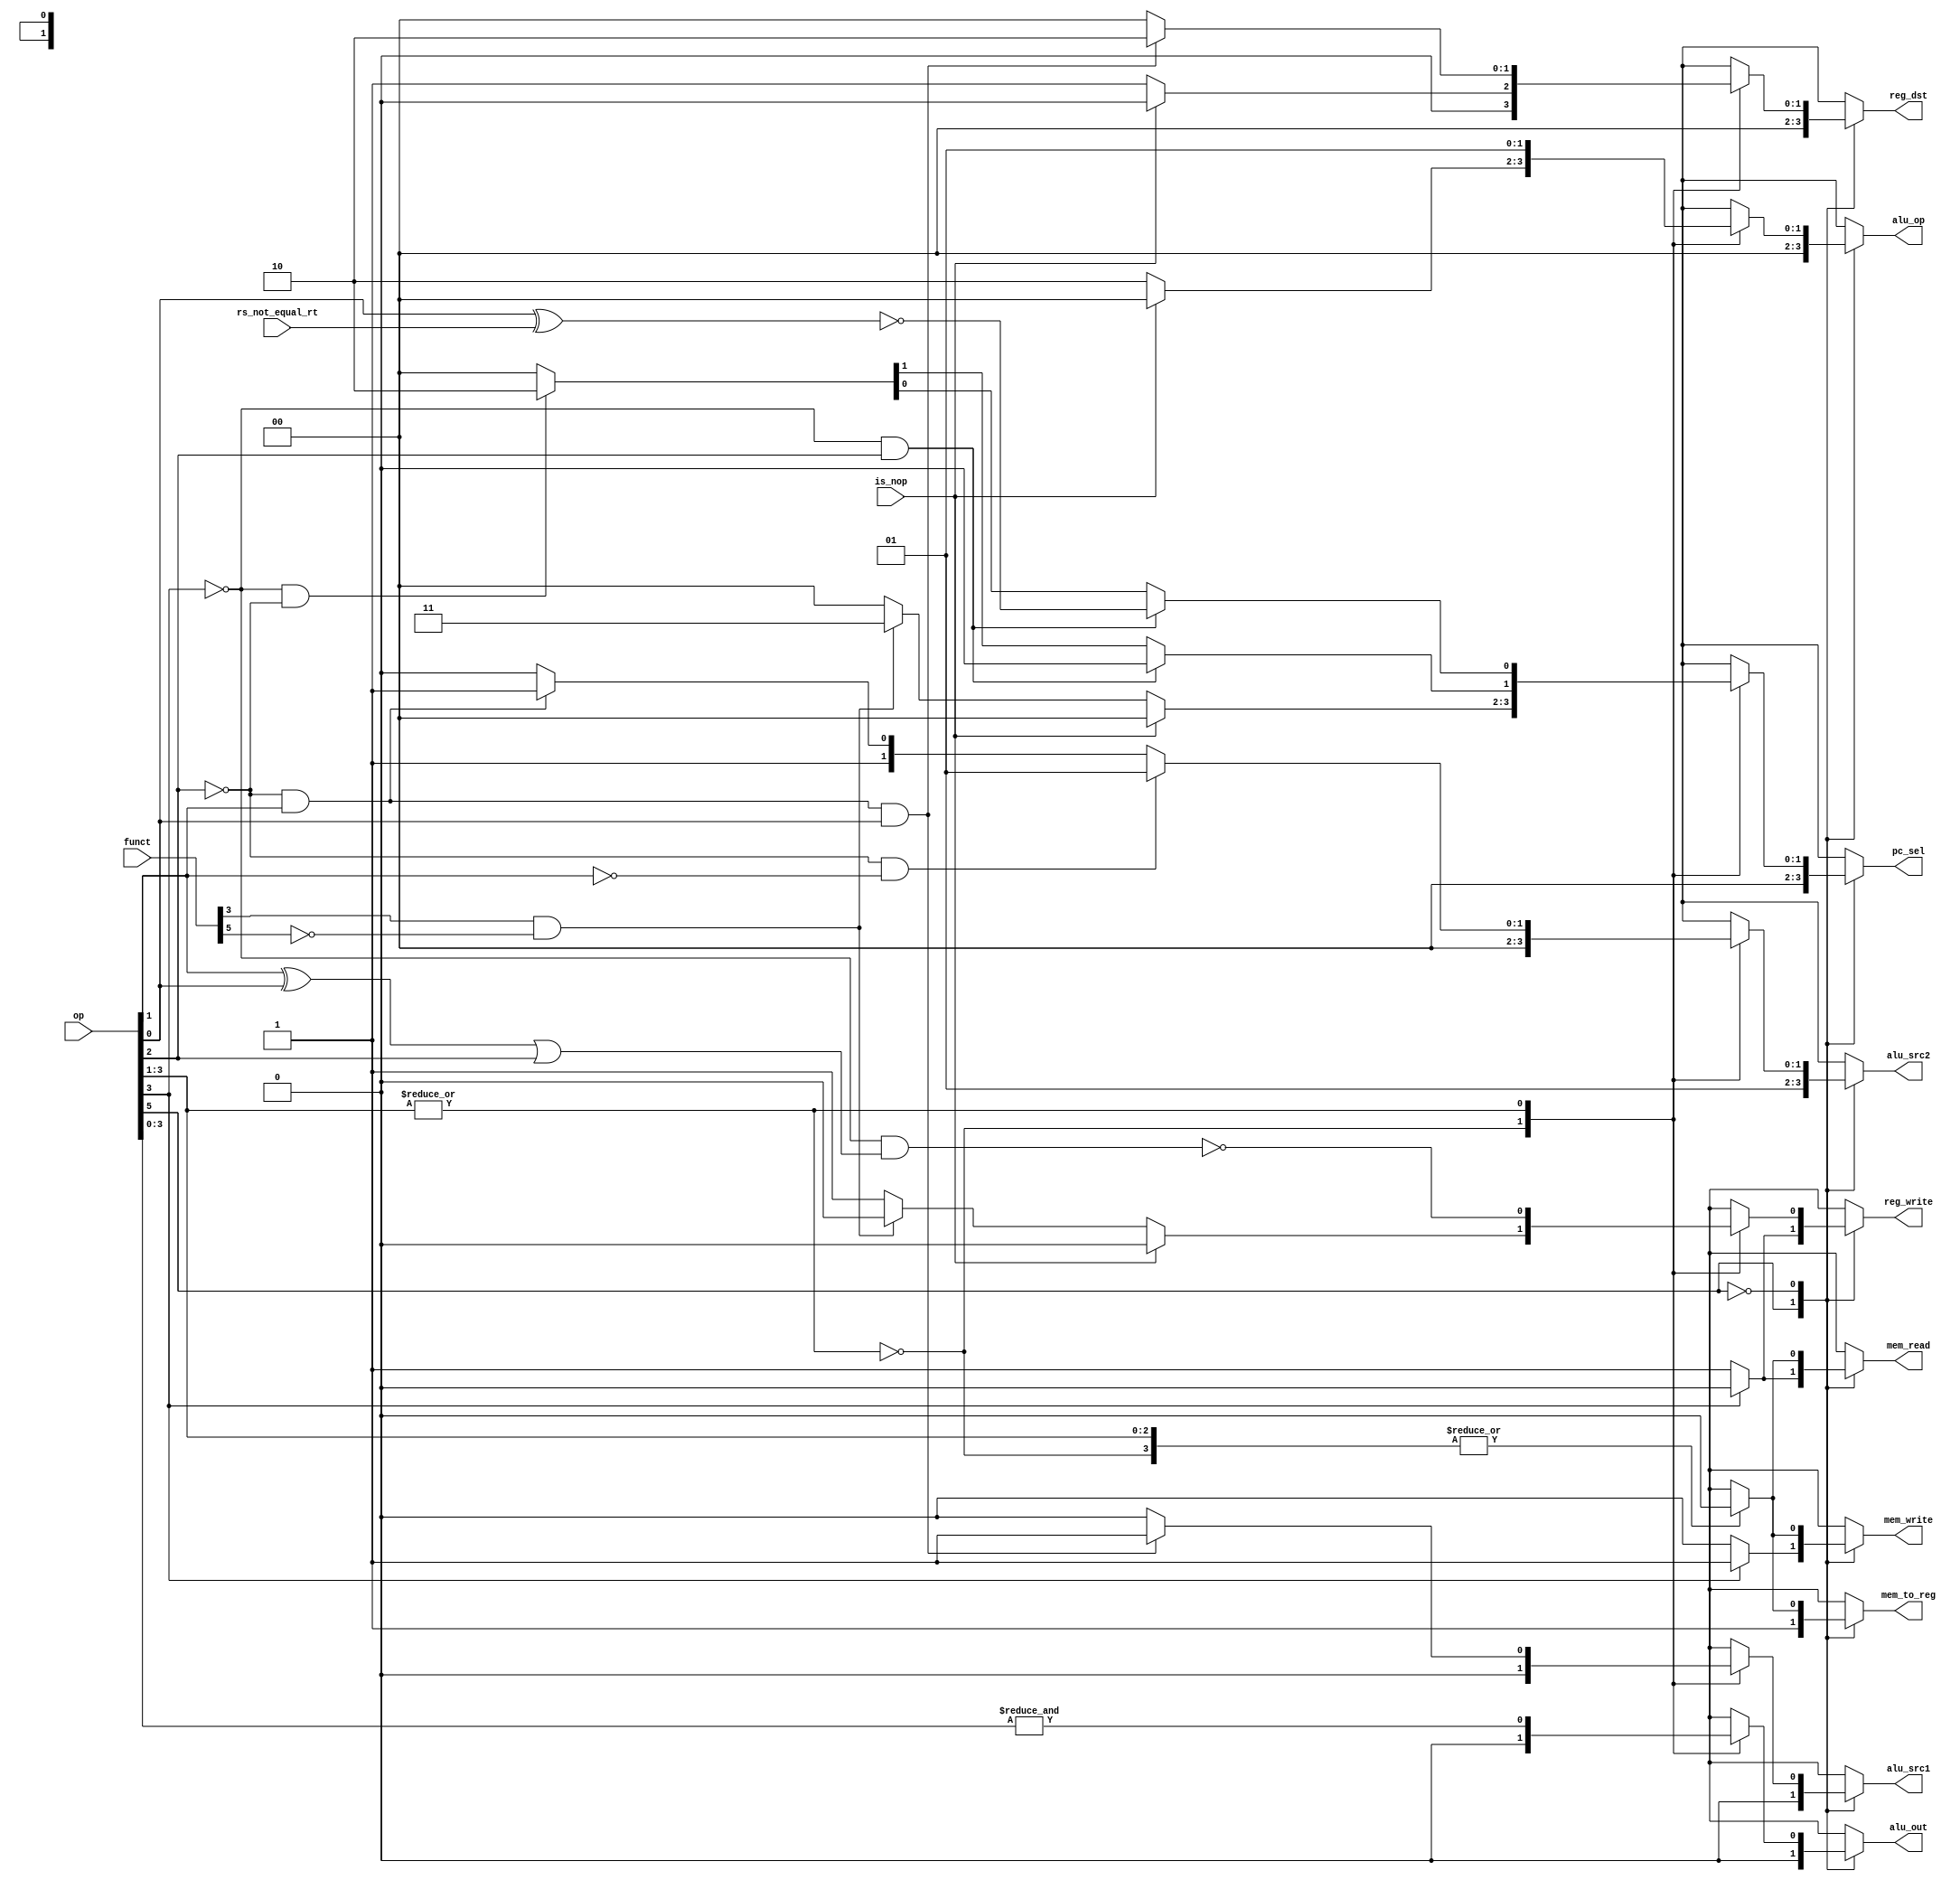
// controller

module controller
(
    input [5:0] op,
    input [5:0] funct,
    input rs_not_equal_rt,
    input is_nop,
    output reg [1:0] pc_sel,
    output reg [1:0] reg_dst,
    output reg alu_src1,
    output reg [1:0] alu_src2,
    output reg [1:0] alu_op,
    output reg alu_out,
    output reg mem_read,
    output reg mem_write,
    output reg mem_to_reg,
    output reg reg_write
);
    always @( * )begin
        reg_dst = 2'd0;         // default
        alu_src1 = 1'd0;
        alu_src2 = 2'd0;
        alu_out = 1'd0;
        alu_op = 2'd0;
        mem_read = 1'd0;
        mem_write = 1'd0;
        mem_to_reg = 1'd0;
        pc_sel = 2'd0;
        reg_write = 1'd0;
        case (op[5])
            1'd1: begin                         // lw sw
                pc_sel = 2'd0;
                reg_dst = 2'd0;
                alu_src1 = 1'd0;
                alu_src2 = 2'd1;
                alu_out = 1'd0;
                alu_op = 2'd0;
                mem_to_reg = 1'd1;
                if ( op[3] )begin   // sw
                    mem_read = 1'd0;
                    mem_write = 1'd1;
                    reg_write = 1'd0;
                end
                else begin          // lw
                    mem_read = 1'd1;
                    mem_write = 1'd0;
                    reg_write = 1'd1;
                end
            end
            1'd0:  begin
                case ( | op[3:1] )
                    1'd0: begin                 // R type
                        if (is_nop)begin
                            reg_dst = 2'd0;         // nop
                            alu_src1 = 1'd0;
                            alu_src2 = 2'd0;
                            alu_out = 1'd0;
                            alu_op = 2'd0;
                            mem_read = 1'd0;
                            mem_write = 1'd0;
                            mem_to_reg = 1'd0;
                            pc_sel = 2'd0;
                            reg_write = 1'd0;
                        end
                        else begin
                            reg_dst = 2'd1;
                            alu_src1 = 1'd0;
                            alu_src2 = 2'd0;
                            alu_out = 1'd0;
                            alu_op = 2'd2;
                            mem_read = 1'd0;
                            mem_write = 1'd0;
                            mem_to_reg = 1'd0;
                            if (funct[3] & (~funct[5]))begin
                                pc_sel = 2'd3;  // jr
                                reg_write = 1'd0;
                            end
                            else begin
                                pc_sel = 2'd0;
                                reg_write = 1'd1;
                            end
                        end
                    end
                    1'd1: begin                 // I type
                        alu_op = 2'd1;
                        mem_read = 1'd0;
                        mem_write = 1'd0;
                        mem_to_reg = 1'd0;
 
                        if ((~op[3]) & op[2])begin  // beq bne
                            pc_sel[1] = 0;
                            pc_sel[0] = ~(op[0] ^ rs_not_equal_rt); 
                        end
                        else if ((~op[3]) & (~op[2]))begin  // j jal
                            pc_sel = 2'd2;
                        end
                        else begin
                            pc_sel = 2'd0;
                        end

                        if ( (~op[2]) & op[1] & op[0])begin  // jal
                            reg_dst = 2'd2;
                            alu_src1 = 1'd1;
                        end
                        else begin
                            reg_dst = 2'd0;
                            alu_src1 = 1'd0;
                        end

                        alu_out = & op[3:0];    // lui

                        if ((~op[2]) & (~op[1]))    // addi addiu
                            alu_src2 = 2'd1;
                        else if((~op[2]) & op[1])   // j jal
                            alu_src2 = 2'd3;
                        else
                            alu_src2 = 2'd2;

                        reg_write = ~((~op[3]) & ((op[1] ^ op[0]) | op[2]));  // beq bne j
                    end
                endcase
            end
        endcase
    end


endmodule